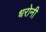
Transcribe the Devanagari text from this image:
धरोनी